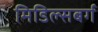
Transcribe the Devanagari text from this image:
मिडिल्सबर्ग